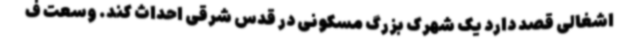
اشغالی قصد دارد یک شهرک بزرگ مسکونی در قدس شرقی احداث کند. وسعت ف